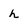
Character: h